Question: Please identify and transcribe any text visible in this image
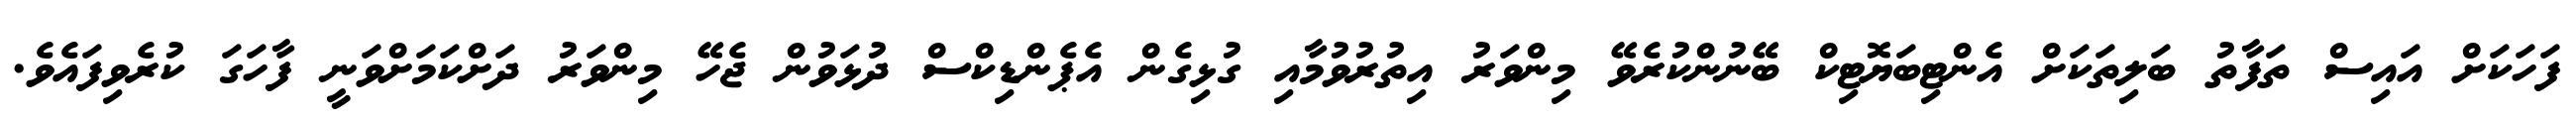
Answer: ފަހަކަށް އައިސް ތަފާތު ބަލިތަކަށް އެންޓިބަޔޮޓިކް ބޭނުންކުރެވޭ މިންވަރު އިތުރުވުމާއި ގުޅިގެން އެޕެންޑިކްސް ދުޅަވުން ޖެހޭ މިންވަރު ދަށްކަމަށްވަނީ ފާހަގަ ކުރެވިފައެވެ.